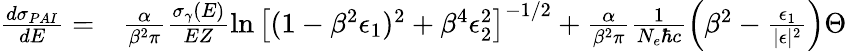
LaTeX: \begin{array}{rl}{\frac{d\sigma_{PAI}}{dE}=}&{{}\frac{\alpha}{\beta^{2}\pi}\frac{\sigma_{\gamma}(E)}{EZ}\ln\big[(1-\beta^{2}\epsilon_{1})^{2}+\beta^{4}\epsilon_{2}^{2}\big]^{-1/2}+\frac{\alpha}{\beta^{2}\pi}\frac{1}{N_{e}\hbar c}\Big(\beta^{2}-\frac{\epsilon_{1}}{|\epsilon|^{2}}\Big)\Theta}\end{array}